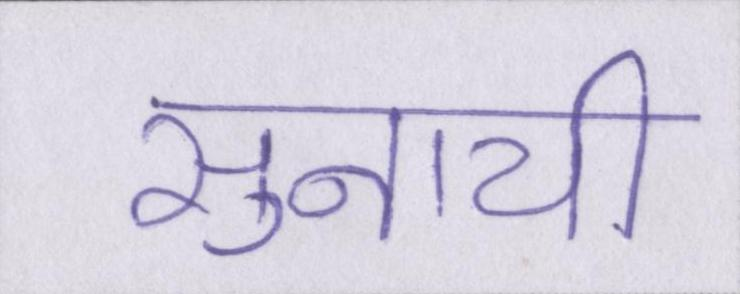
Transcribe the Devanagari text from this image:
सुनायी